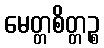
မေတ္တစိတ္တဉ္စ